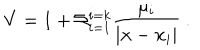
V = 1 + \Sigma _ { i = 1 } ^ { i = k } { \frac { \mu _ { i } } { | { \bf x } - { \bf x } _ { i } | } } \ .